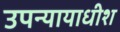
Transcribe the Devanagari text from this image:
उपन्यायाधीश